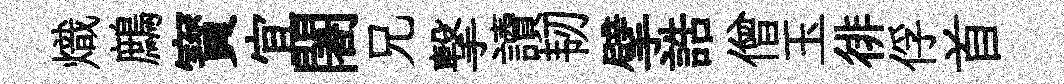
熾鷓寳宜闍兄撃讀韧擘誥僧玉徘俘首